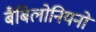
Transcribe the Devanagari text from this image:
बैबिलोनियनों